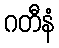
ဂတီနံ